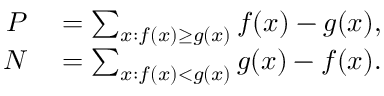
\begin{array} { r l } { P } & { { } = \sum _ { x : f ( x ) \geq g ( x ) } f ( x ) - g ( x ) , } \\ { N } & { { } = \sum _ { x : f ( x ) < g ( x ) } g ( x ) - f ( x ) . } \end{array}